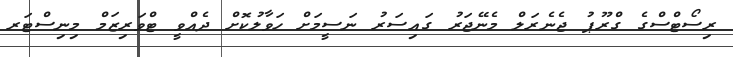
ރިސޯޓްސްގެ ގްރޫޕު ޖެނެރަލް މެނޭޖަރު ގައިސަރު ނަސީމަށް ހަވާލުކޮށް ދެއްވީ ޓްވަރިޒަމް މިނިސްޓަރ